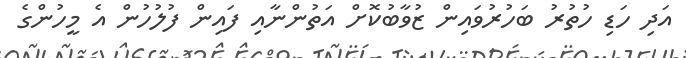
އަދި ހަޑި ހުތުރު ބަހުރުވައިން ޒުވާބުކޮށް އަތުންނާއި ފައިން ފުލުހުން އެ މީހުންގެ